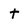
Character: t